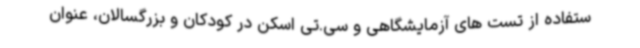
ستفاده از تست های آزمایشگاهی و سی.تی اسکن در کودکان و بزرگسالان، عنوان